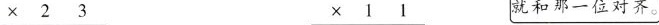
\underline{×23 } \underline{×11}就和那一位对齐。